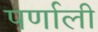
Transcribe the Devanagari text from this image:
पर्णाली